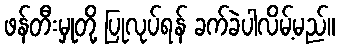
ဖန်တီးမှုတို့ ပြုလုပ်ရန် ခက်ခဲပါလိမ့်မည်။